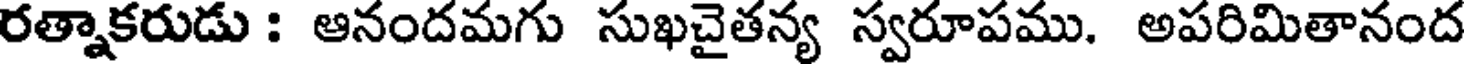
రత్నాకరుడు : ఆనందమగు సుఖచైతన్య స్వరూపము. అపరిమితానంద